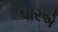
પારએ